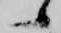
候